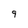
Character: 9